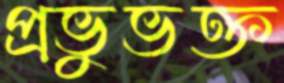
প্রভুভক্ত